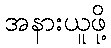
အနားယူဖို့